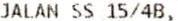
JALAN SS 15/4B,